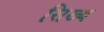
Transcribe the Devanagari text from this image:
सिख्य